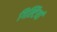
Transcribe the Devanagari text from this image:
गिल्टियां